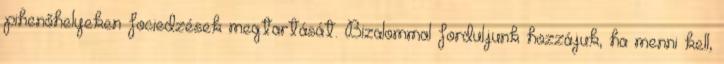
pihenőhelyeken fociedzések megtartását. Bizalommal forduljunk hozzájuk, ha menni kell,